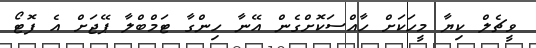
ވީޗެލް ކިޔާ މީހަކަށް ހާއްސަކޮށްގެން އޭނާ ހިންގާ ޓަމްބްލާ ޕޭޖަށް އެ ފޮޓޯ